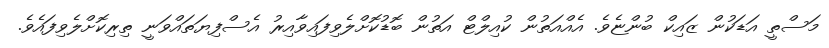
މަސްތީ އަޑަކުން ޒައިކް ބުންޏެވެ. އެއްއަތުން ކުއިލްޓް އަތުން ބޮޑުކޮށްލެވިފައިވާއިރު އެސްފިޔަތައްވަނީ ތިރިކޮށްލެވިފައެވެ.